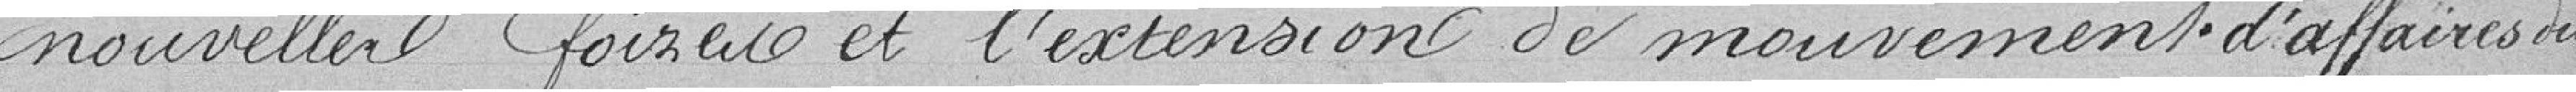
nouvelles foires et l'extension du mouvement d'affaires du